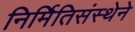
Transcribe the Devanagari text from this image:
निर्मितिसंस्थेने